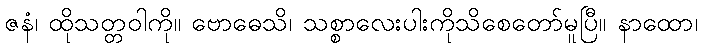
ဇနံ၊ ထိုသတ္တဝါကို။ ဗောဓေသိ၊ သစ္စာလေးပါးကိုသိစေတော်မူပြီ။ နာထော၊